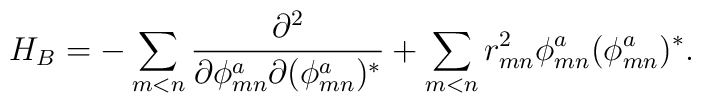
H_{B}=-\sum_{m<n}\frac{\partial^{2}}{\partial\phi_{mn}^{a}\partial (\phi_{mn}^{a})^{*}} + \sum_{m<n}r_{mn}^{2}\phi^{a}_{mn}(\phi_{mn}^{a})^{*}  .